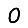
Digit: 0